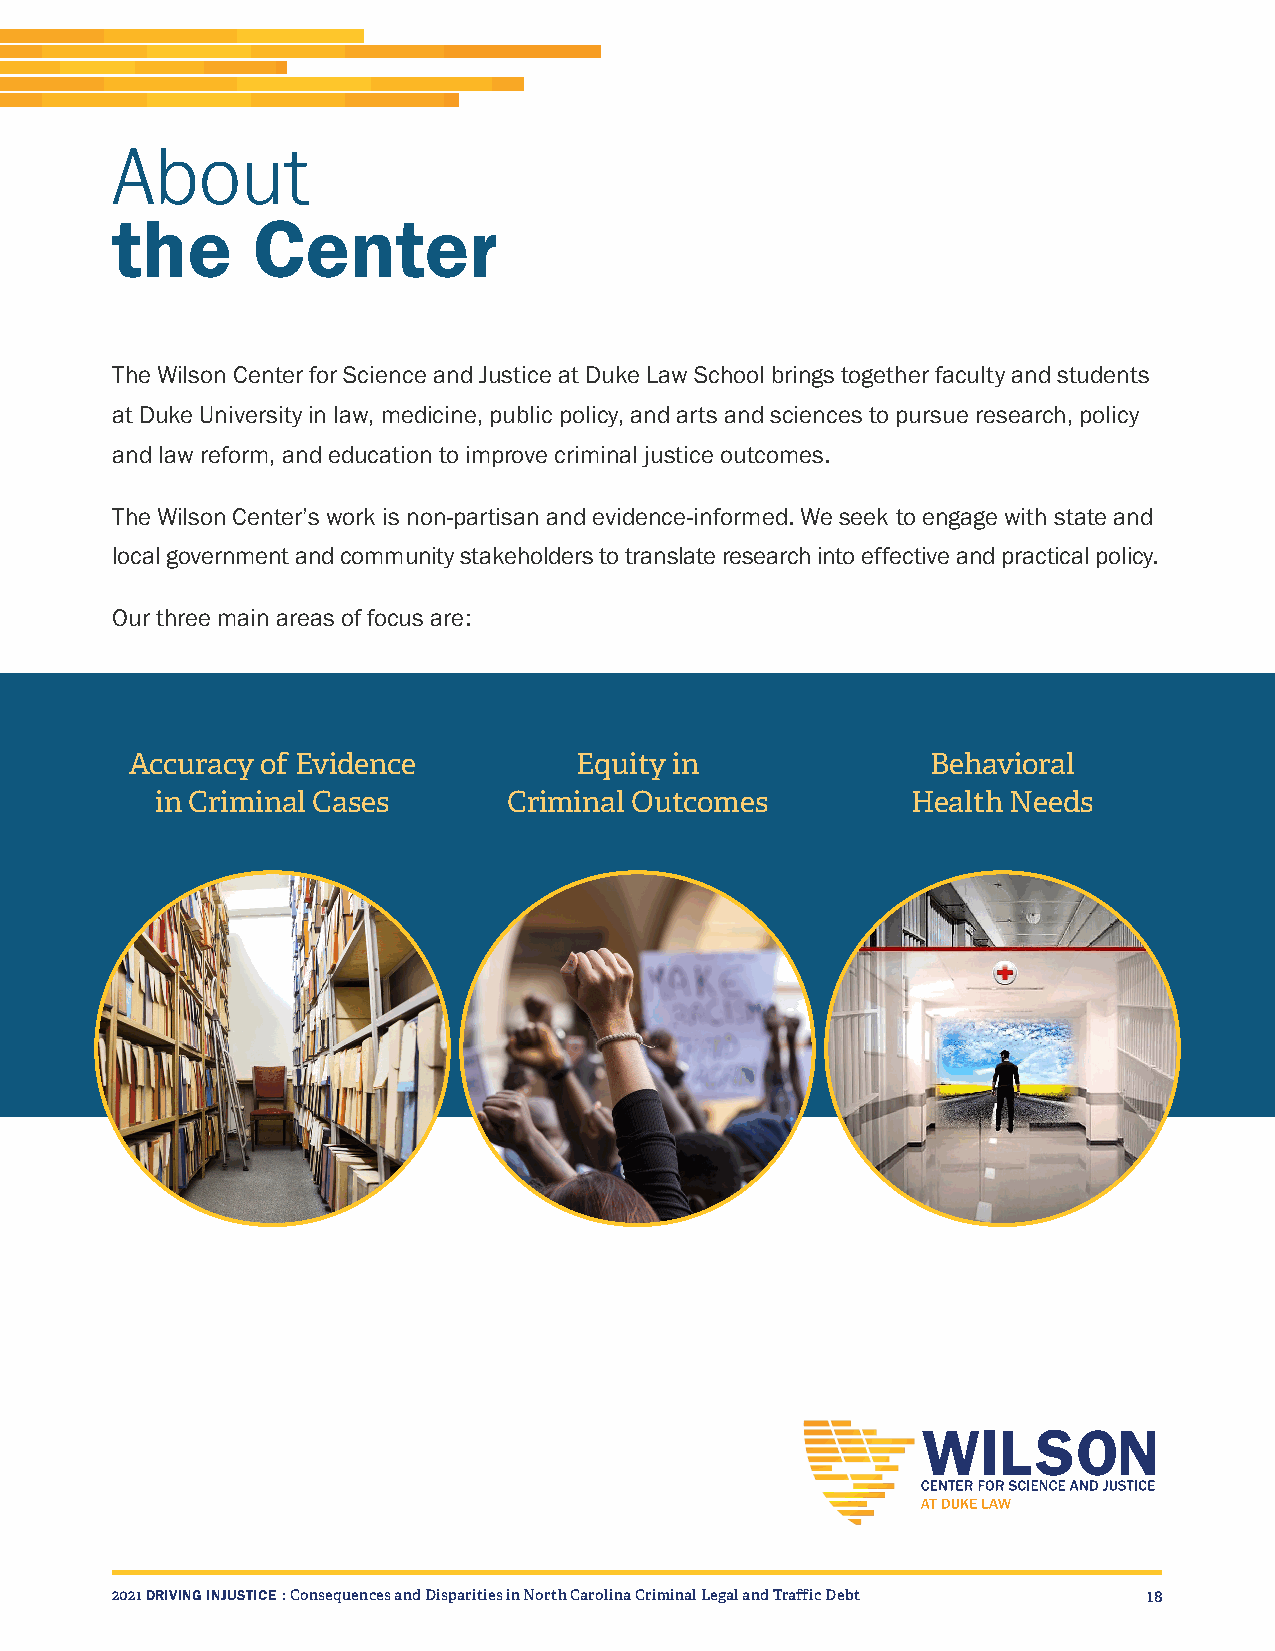
About
 the       Center
 The Wilson Center for Science and Justice at Duke Law School brings together faculty and students
 at Duke University in law, medicine, public policy, and arts and sciences to pursue research, policy
 and law reform, and education to improve criminal justice outcomes.
 The Wilson Center’s work is non-partisan and evidence-informed. We seek to engage with state and
 local government and community stakeholders to translate research into effective and practical policy.
 Our three main areas of focus are:
 Accuracy of Evidence         Equity in               Behavioral
 in Criminal Cases       Criminal Outcomes         Health Needs
 2021 DRIVING INJUSTICE : Consequences and Disparities in North Carolina Criminal Legal and Traffic Debt 18